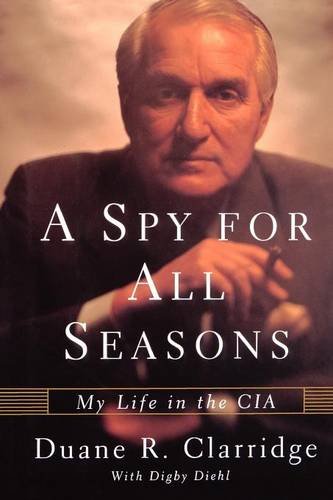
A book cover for A Spy For All Seasons: My Life in the CIA; Duane R. Clarridge; Biographies & Memoirs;